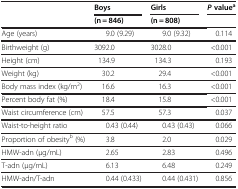
<table><thead><tr><td rowspan="2"><b> </b></td><td><b>Boys</b></td><td><b>Girls</b></td><td><b><i>P </i>value<sup>a</sup></b></td></tr><tr><td><b>(n = 846)</b></td><td><b>(n = 808)</b></td><td><b> </b></td></tr></thead><tbody><tr><td>Age (years)</td><td>9.0 (9.29)</td><td>9.0 (9.32)</td><td>0.114</td></tr><tr><td>Birthweight (g)</td><td>3092.0</td><td>3028.0</td><td>&lt;0.001</td></tr><tr><td>Height (cm)</td><td>134.9</td><td>134.3</td><td>0.193</td></tr><tr><td>Weight (kg)</td><td>30.2</td><td>29.4</td><td>&lt;0.001</td></tr><tr><td>Body mass index (kg/m<sup>2</sup>)</td><td>16.6</td><td>16.3</td><td>&lt;0.001</td></tr><tr><td>Percent body fat (%)</td><td>18.4</td><td>15.8</td><td>&lt;0.001</td></tr><tr><td>Waist circumference (cm)</td><td>57.5</td><td>57.3</td><td>0.037</td></tr><tr><td>Waist-to-height ratio</td><td>0.43 (0.44)</td><td>0.43 (0.43)</td><td>0.066</td></tr><tr><td>Proportion of obesity<sup>b</sup> (%)</td><td>3.8</td><td>2.0</td><td>0.029</td></tr><tr><td>HMW-adn (μg/mL)</td><td>2.65</td><td>2.83</td><td>0.496</td></tr><tr><td>T-adn (μg/mL)</td><td>6.13</td><td>6.48</td><td>0.249</td></tr><tr><td>HMW-adn/T-adn</td><td>0.44 (0.433)</td><td>0.44 (0.431)</td><td>0.856</td></tr></tbody></table>